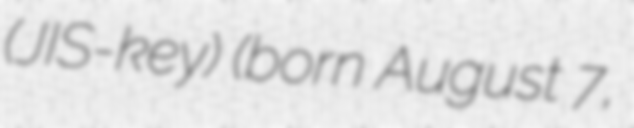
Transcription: (JIS-key) (born August 7,